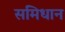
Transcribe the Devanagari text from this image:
समिधान